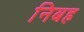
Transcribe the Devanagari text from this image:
निबह